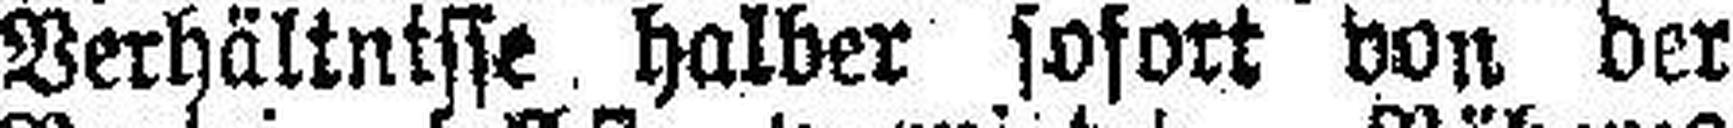
Verhältnisse halber sofort von der